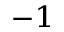
^ { - 1 }